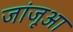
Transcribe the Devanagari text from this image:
जांजूआ